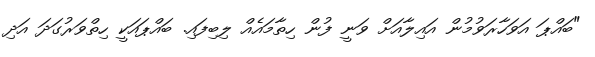
"ބައްޕަ އަވަހާރަވުމުން އައިލާއަށް ވަނީ ފުން ހިތާމައެއް ލިބިފައި. ބައްޕައަކީ ހިތްވަރުގަދަ އަދި